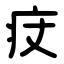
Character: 㽴